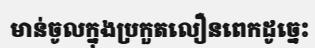
មាន់ចូលក្នុងប្រកួតលឿនពេកដូច្នេះ